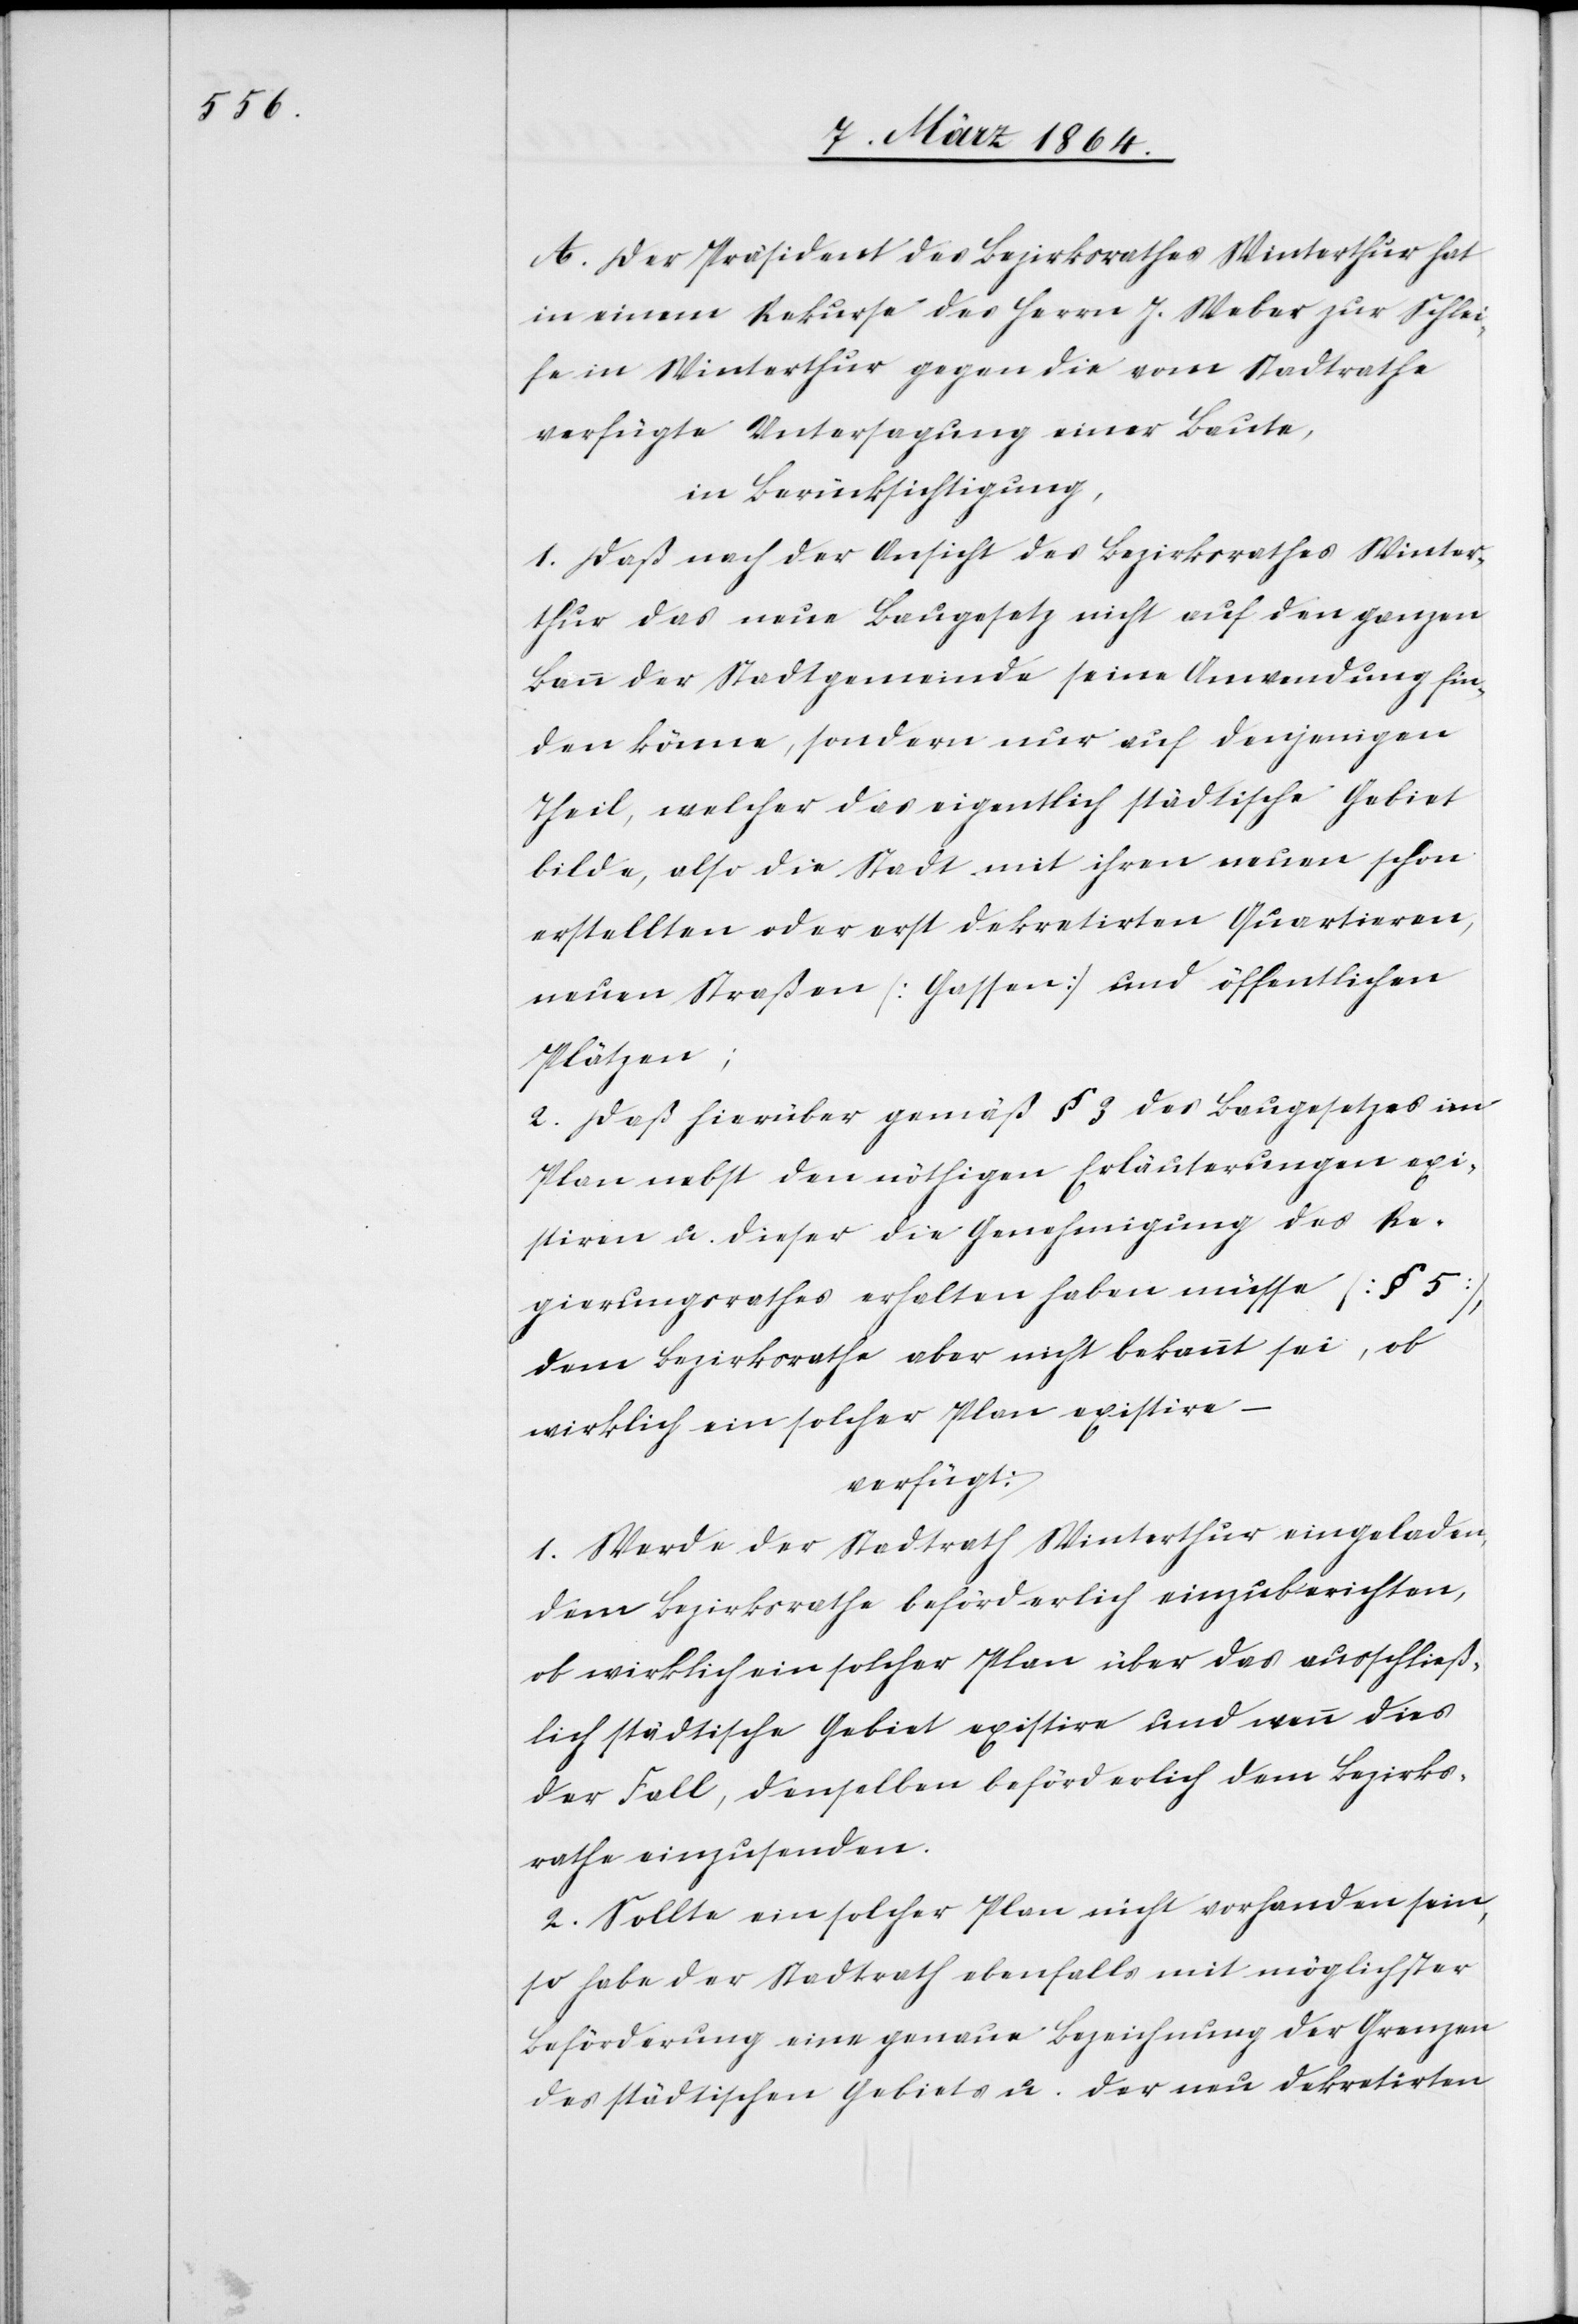
A. Der Präsident des Bezirksrathes Winterthur hat
in einem Rekurse des Herrn J. Weber zur Schlei¬
fe in Winterthur gegen die vom Stadtrathe
verfügte Untersagung einer Baute,
in Berücksichtigung,
1. Daß nach der Ansicht des Bezirksrathes Winter¬
thur das neue Baugesetz nicht auf den ganzen
Bau der Stadtgemeinde seine Anwendung fin¬
den könne, sondern nur auf denjenigen
Theil, welcher das eigentlich städtische Gebiet
bilde, also die Stadt mit ihren neuen schon
erstellten oder erst dekretirten Quartieren,
neuen Straßen [Gassen] und öffentlichen
Plätzen;
2. Daß hierüber gemäß § 3 des Baugesetzes im
Plan nebst den nöthigen Erläuterungen exi¬
stiren u. dieser die Genehmigung des Re¬
gierungsrathes erhalten haben müsse [§ 5],
dem Bezirksrathe aber nicht bekannt sei, ob
wirklich ein solcher Plan existire –
verfügt:
1. Werde der Stadtrath Winterthur eingeladen,
dem Bezirksrathe beförderlich einzuberichten,
ob wirklich ein solcher Plan über das ausschließ¬
lich städtische Gebiet existire und wenn dies
der Fall, denselben beförderlich dem Bezirks¬
rathe einzusenden.
2. Sollte ein solcher Plan nicht vorhanden sein,
so habe der Stadtrath ebenfalls mit möglichster
Beförderung eine genaue Bezeichnung der Grenzen
des städtischen Gebiets u. der neu dekretirten